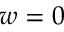
w = 0